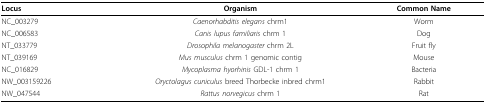
<table><thead><tr><td><b>Locus</b></td><td><b>Organism</b></td><td><b>Common Name</b></td></tr></thead><tbody><tr><td>NC_003279</td><td><i>Caenorhabditis elegans </i>chrm1</td><td>Worm</td></tr><tr><td>NC_006583</td><td><i>Canis lupus familiaris </i>chrm 1</td><td>Dog</td></tr><tr><td>NT_033779</td><td><i>Drosophila melanogaster </i>chrm 2L</td><td>Fruit fly</td></tr><tr><td>NT_039169</td><td><i>Mus musculus </i>chrm 1 genomic contig</td><td>Mouse</td></tr><tr><td>NC_016829</td><td><i>Mycoplasma hyorhinis </i>GDL-1 chrm 1</td><td>Bacteria</td></tr><tr><td>NW_003159226</td><td><i>Oryctolagus cuniculus </i>breed Thorbecke inbred chrm1</td><td>Rabbit</td></tr><tr><td>NW_047544</td><td><i>Rattus norvegicus </i>chrm 1</td><td>Rat</td></tr></tbody></table>